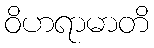
ဝိဟရာမာတိ